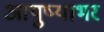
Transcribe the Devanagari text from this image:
आयुष्याभर